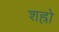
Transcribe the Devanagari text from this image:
शह्रो